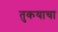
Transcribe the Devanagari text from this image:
तुकयाचा